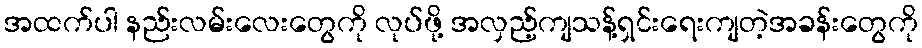
အထက်ပါ နည်းလမ်းလေးတွေကို လုပ်ဖို့ အလှည့်ကျသန့်ရှင်းရေးကျတဲ့အခန်းတွေကို